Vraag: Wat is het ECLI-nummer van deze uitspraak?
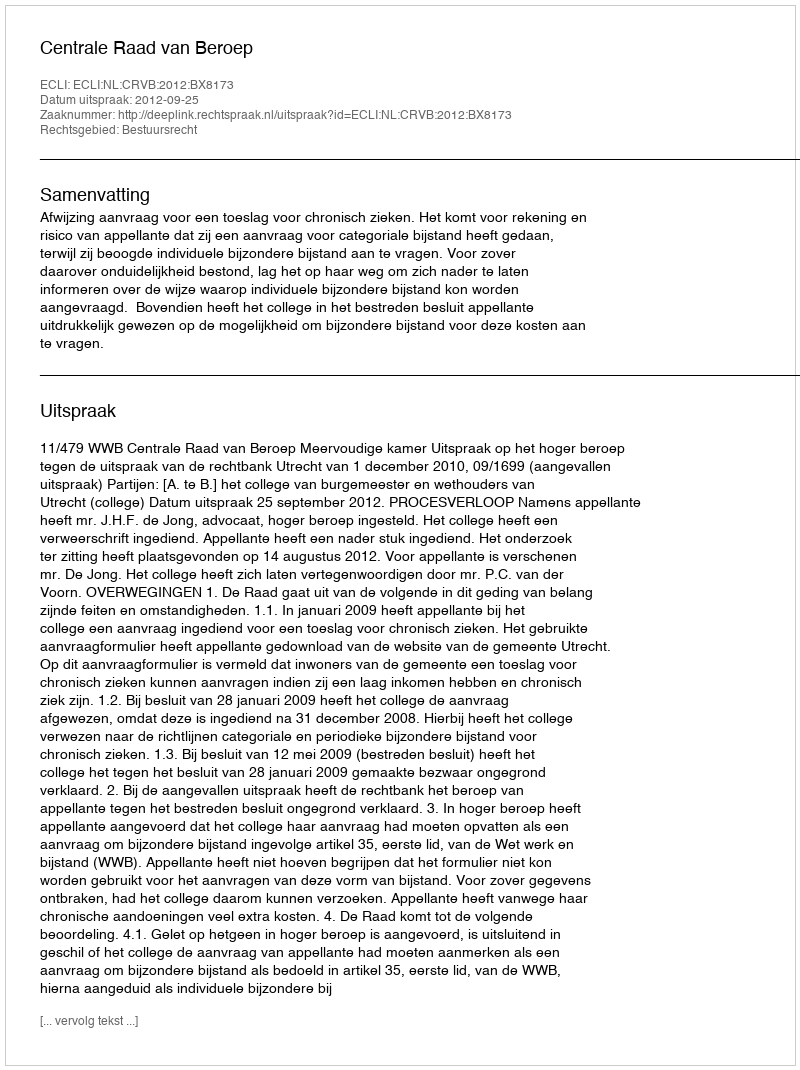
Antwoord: ECLI:NL:CRVB:2012:BX8173